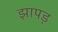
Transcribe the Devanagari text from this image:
झापड़